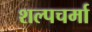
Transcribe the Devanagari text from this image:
शल्पचर्मा